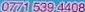
0771 539 4408